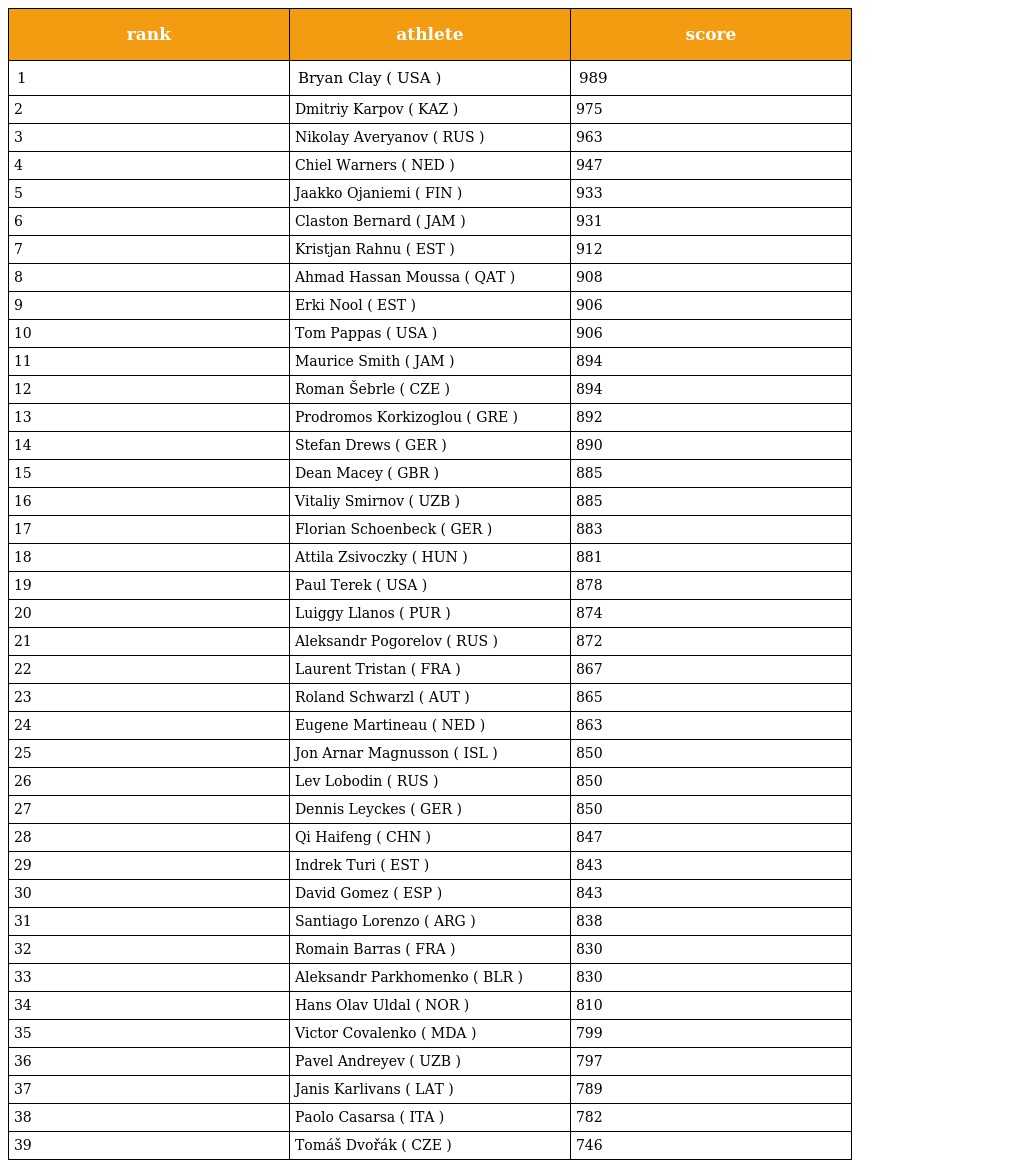
| rank | athlete | score |
 | --- | --- | --- |
 | 1 | Bryan Clay ( USA ) | 989 |
 | 2 | Dmitriy Karpov ( KAZ ) | 975 |
 | 3 | Nikolay Averyanov ( RUS ) | 963 |
 | 4 | Chiel Warners ( NED ) | 947 |
 | 5 | Jaakko Ojaniemi ( FIN ) | 933 |
 | 6 | Claston Bernard ( JAM ) | 931 |
 | 7 | Kristjan Rahnu ( EST ) | 912 |
 | 8 | Ahmad Hassan Moussa ( QAT ) | 908 |
 | 9 | Erki Nool ( EST ) | 906 |
 | 10 | Tom Pappas ( USA ) | 906 |
 | 11 | Maurice Smith ( JAM ) | 894 |
 | 12 | Roman Šebrle ( CZE ) | 894 |
 | 13 | Prodromos Korkizoglou ( GRE ) | 892 |
 | 14 | Stefan Drews ( GER ) | 890 |
 | 15 | Dean Macey ( GBR ) | 885 |
 | 16 | Vitaliy Smirnov ( UZB ) | 885 |
 | 17 | Florian Schoenbeck ( GER ) | 883 |
 | 18 | Attila Zsivoczky ( HUN ) | 881 |
 | 19 | Paul Terek ( USA ) | 878 |
 | 20 | Luiggy Llanos ( PUR ) | 874 |
 | 21 | Aleksandr Pogorelov ( RUS ) | 872 |
 | 22 | Laurent Tristan ( FRA ) | 867 |
 | 23 | Roland Schwarzl ( AUT ) | 865 |
 | 24 | Eugene Martineau ( NED ) | 863 |
 | 25 | Jon Arnar Magnusson ( ISL ) | 850 |
 | 26 | Lev Lobodin ( RUS ) | 850 |
 | 27 | Dennis Leyckes ( GER ) | 850 |
 | 28 | Qi Haifeng ( CHN ) | 847 |
 | 29 | Indrek Turi ( EST ) | 843 |
 | 30 | David Gomez ( ESP ) | 843 |
 | 31 | Santiago Lorenzo ( ARG ) | 838 |
 | 32 | Romain Barras ( FRA ) | 830 |
 | 33 | Aleksandr Parkhomenko ( BLR ) | 830 |
 | 34 | Hans Olav Uldal ( NOR ) | 810 |
 | 35 | Victor Covalenko ( MDA ) | 799 |
 | 36 | Pavel Andreyev ( UZB ) | 797 |
 | 37 | Janis Karlivans ( LAT ) | 789 |
 | 38 | Paolo Casarsa ( ITA ) | 782 |
 | 39 | Tomáš Dvořák ( CZE ) | 746 |